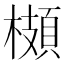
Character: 𩓡